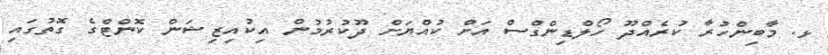
ޅ. މާބިންހުރާ ކުރެއްދޫ ހޯލްޑިންގްސް އަށް ކުއްޔަށް ދޫކުރުމުން އިކުއިޒިޝަން ކޮންޓްގެ ގޮތުގައި